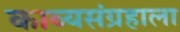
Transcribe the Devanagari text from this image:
काव्यसंग्रहाला